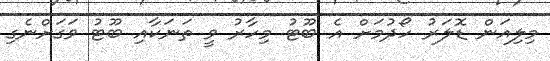
މިލިއަން ޑޮލަރު ހޯދުމަށް އެ ބޫޓު މިހާރު ވީ ތަނަކާއި ބޫޓު ވަގަށްނެގި